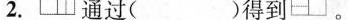
2.通过( )得到